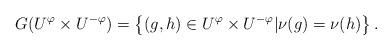
LaTeX: \begin{align*}G(U^\varphi\times U^{-\varphi}) = \left\{(g, h)\in U^\varphi\times U^{-\varphi} | \nu(g) = \nu(h)\right\}.\end{align*}